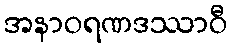
အနာဝရဏဒဿာဝီ